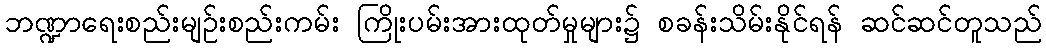
ဘဏ္ဍာရေးစည်းမျဉ်းစည်းကမ်း ကြိုးပမ်းအားထုတ်မှုများ၌ စခန်းသိမ်းနိုင်ရန် ဆင်ဆင်တူသည်